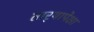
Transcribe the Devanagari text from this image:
तार्‍यापेक्षा